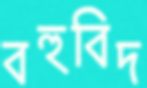
বহুবিদ